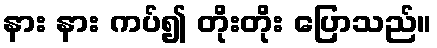
နား နား ကပ်၍ တိုးတိုး ပြောသည်။